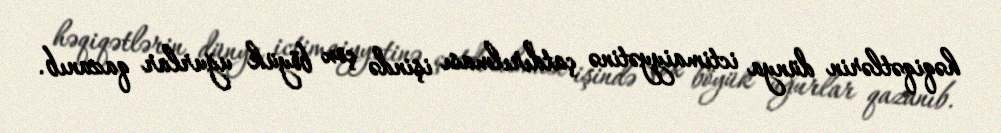
həqiqətlərin dünya ictimaiyyətinə çatdırılması işində çox böyük uğurlar qazanıb.